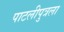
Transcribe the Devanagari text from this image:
पाटलीपुत्रला